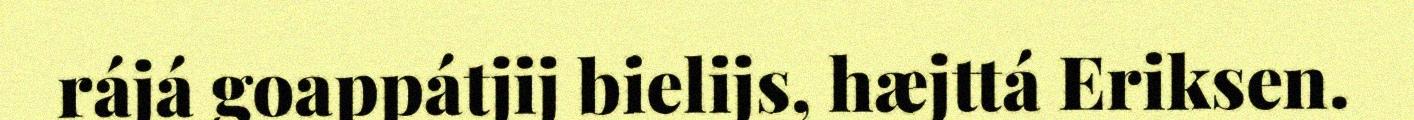
rájá goappátjij bielijs, hæjttá Eriksen.